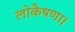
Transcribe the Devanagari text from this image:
लोकैषणा।